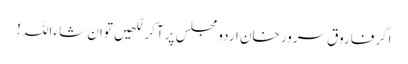
اگرفاروق سرور خان اردو مجلس پر آکر لکھیں توان شاء اللہ !